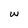
Character: w